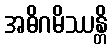
အဓိဂမိဿန္တိ